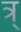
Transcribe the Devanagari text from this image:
त्र्